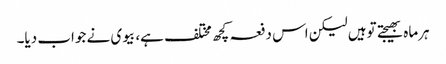
ہرماہ بھیجتے توہیں لیکن اس دفعہ کچھ مختلف ہے، بیوی نے جواب دیا۔